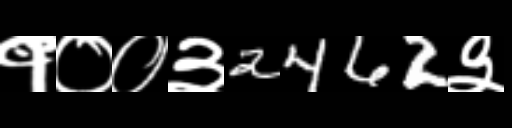
Text: १००३2462३